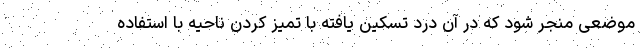
موضعی منجر شود که در آن درد تسکین یافته با تمیز کردن ناحیه با استفاده